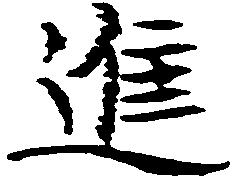
進